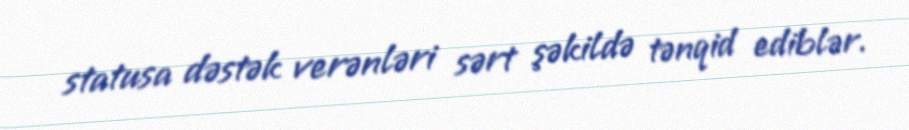
statusa dəstək verənləri sərt şəkildə tənqid ediblər.